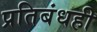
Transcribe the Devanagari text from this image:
प्रतिबंधही